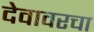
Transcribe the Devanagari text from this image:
देवावरचा